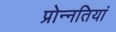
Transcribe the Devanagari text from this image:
प्रोन्नतियां